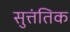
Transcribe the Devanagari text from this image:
सुत्तंतिक